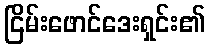
ငြိမ်းဖောင်ဒေးရှင်း၏